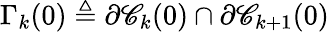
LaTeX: \Gamma_{k}(0)\triangleq\partial\mathscr{C}_{k}(0)\cap\partial\mathscr{C}_{k+1}(0)